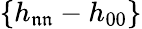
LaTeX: \{ h_{\mathfrak{n}\mathfrak{n}}-h_{00}\}